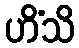
ဟိံသိ